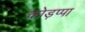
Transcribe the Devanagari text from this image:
कोड़प्पा